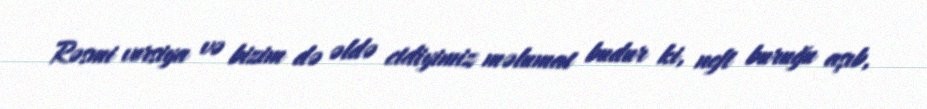
Rəsmi versiya və bizim də əldə etdiyimiz məlumat budur ki, neft buruğu aşıb,